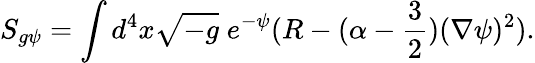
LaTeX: S_{g\psi}=\int d^{4}x\sqrt{-g}\; e^{-\psi}(R-(\alpha-\frac{3}{2})(\nabla\psi)^{2}).